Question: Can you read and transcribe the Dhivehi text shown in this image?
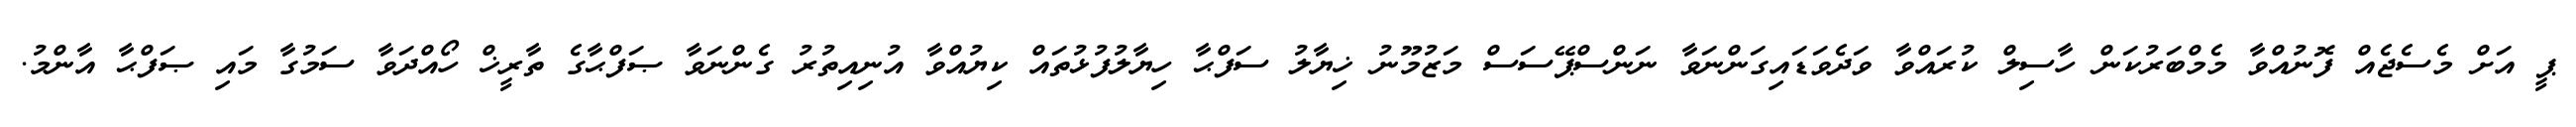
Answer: ޕީ އަށް މެސެޖެއް ފޮނުއްވާ މެމްބަރުކަން ހާސިލް ކުރައްވާ ވަދެވަޑައިގަންނަވާ ނަންސްޕޭސަސް މަޒުމޫނު ޚިޔާލު ސަފްޙާ ހިޔާލުފުޅުތައް ކިޔުއްވާ އުނިއިތުރު ގެންނަވާ ޞަފްޙާގެ ތާރީޚް ހޯއްދަވާ ސަމުގާ މައި ޞަފްޙާ އާންމު.